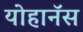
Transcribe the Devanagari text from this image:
योहानॅस